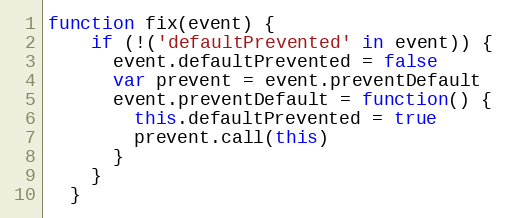
Language: JavaScript
function fix(event) {
    if (!('defaultPrevented' in event)) {
      event.defaultPrevented = false
      var prevent = event.preventDefault
      event.preventDefault = function() {
        this.defaultPrevented = true
        prevent.call(this)
      }
    }
  }